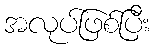
အလုပ်ဖြစ်ပြီး